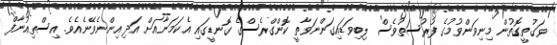
ވަގުތީގޮތުން މިނިވަންވުމުގެ ފުރުސަތުވެސް ލިބިވަޑައިގަންނަވާތީ ކޮންގްރެސްގެ ގޮނޑީގައި އެކަމަނާއަށް އަދި އިންނެވޭނެއެވެ. އިސްތިއުނާފް